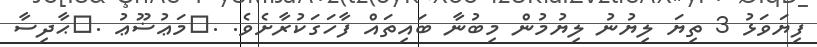
ފިޔަވަޅު 3 ތިޔަ ލިޔުނު ލިޔުމުން މިބުނާ ބައިތައް ފާހަގަކުރާށެވެ. .	މަޢުޟޫޢު .	ޙާދިސާ